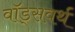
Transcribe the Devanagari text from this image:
वॉड्सवर्थ